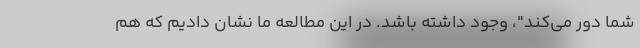
شما دور می‌کند"، وجود داشته باشد. در این مطالعه ما نشان دادیم که هم